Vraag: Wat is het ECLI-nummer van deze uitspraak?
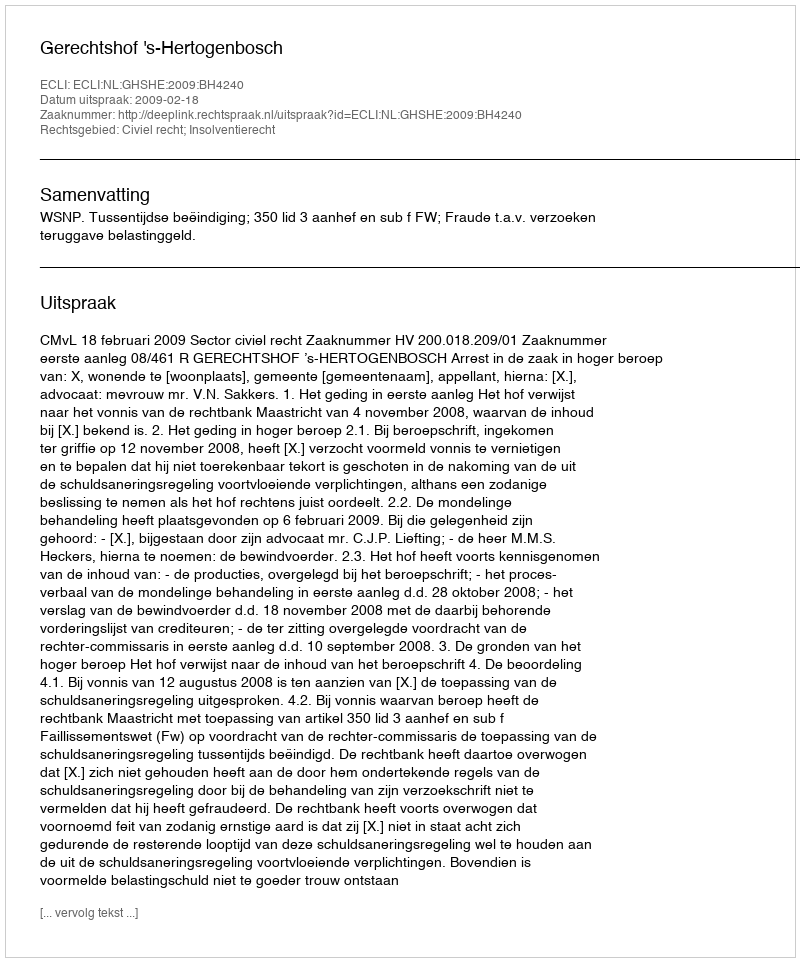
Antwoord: ECLI:NL:GHSHE:2009:BH4240